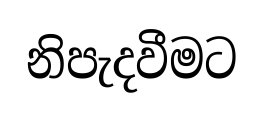
නිපැදවීමට